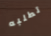
تطلبه